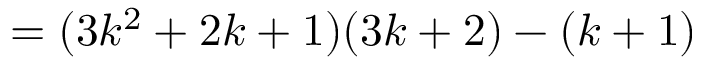
= ( 3 k ^ { 2 } + 2 k + 1 ) ( 3 k + 2 ) - ( k + 1 )